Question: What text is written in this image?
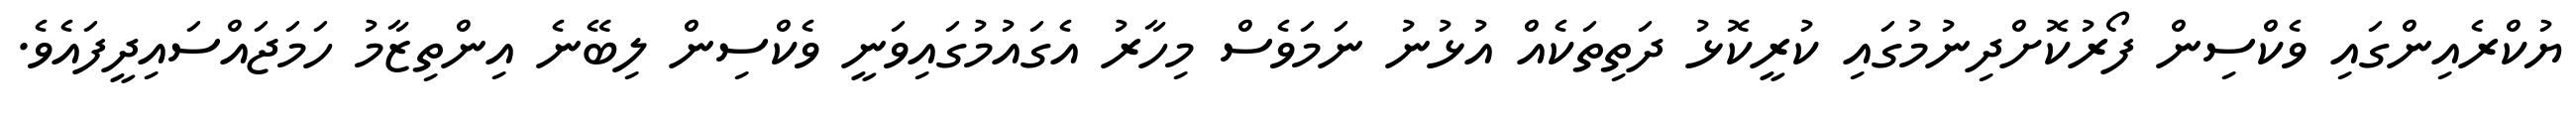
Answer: ޔުކްރެއިންގައި ވެކްސިން ފޯރުކޮށްދިނުމުގައި ކުރީކޮޅު ދަތިތަކެއް އުޅުނު ނަމަވެސް މިހާރު އެގައުމުގައިވަނީ ވެކްސިން ލިބޭނެ އިންތިޒާމު ހަމަޖައްސައިދީފައެވެ.